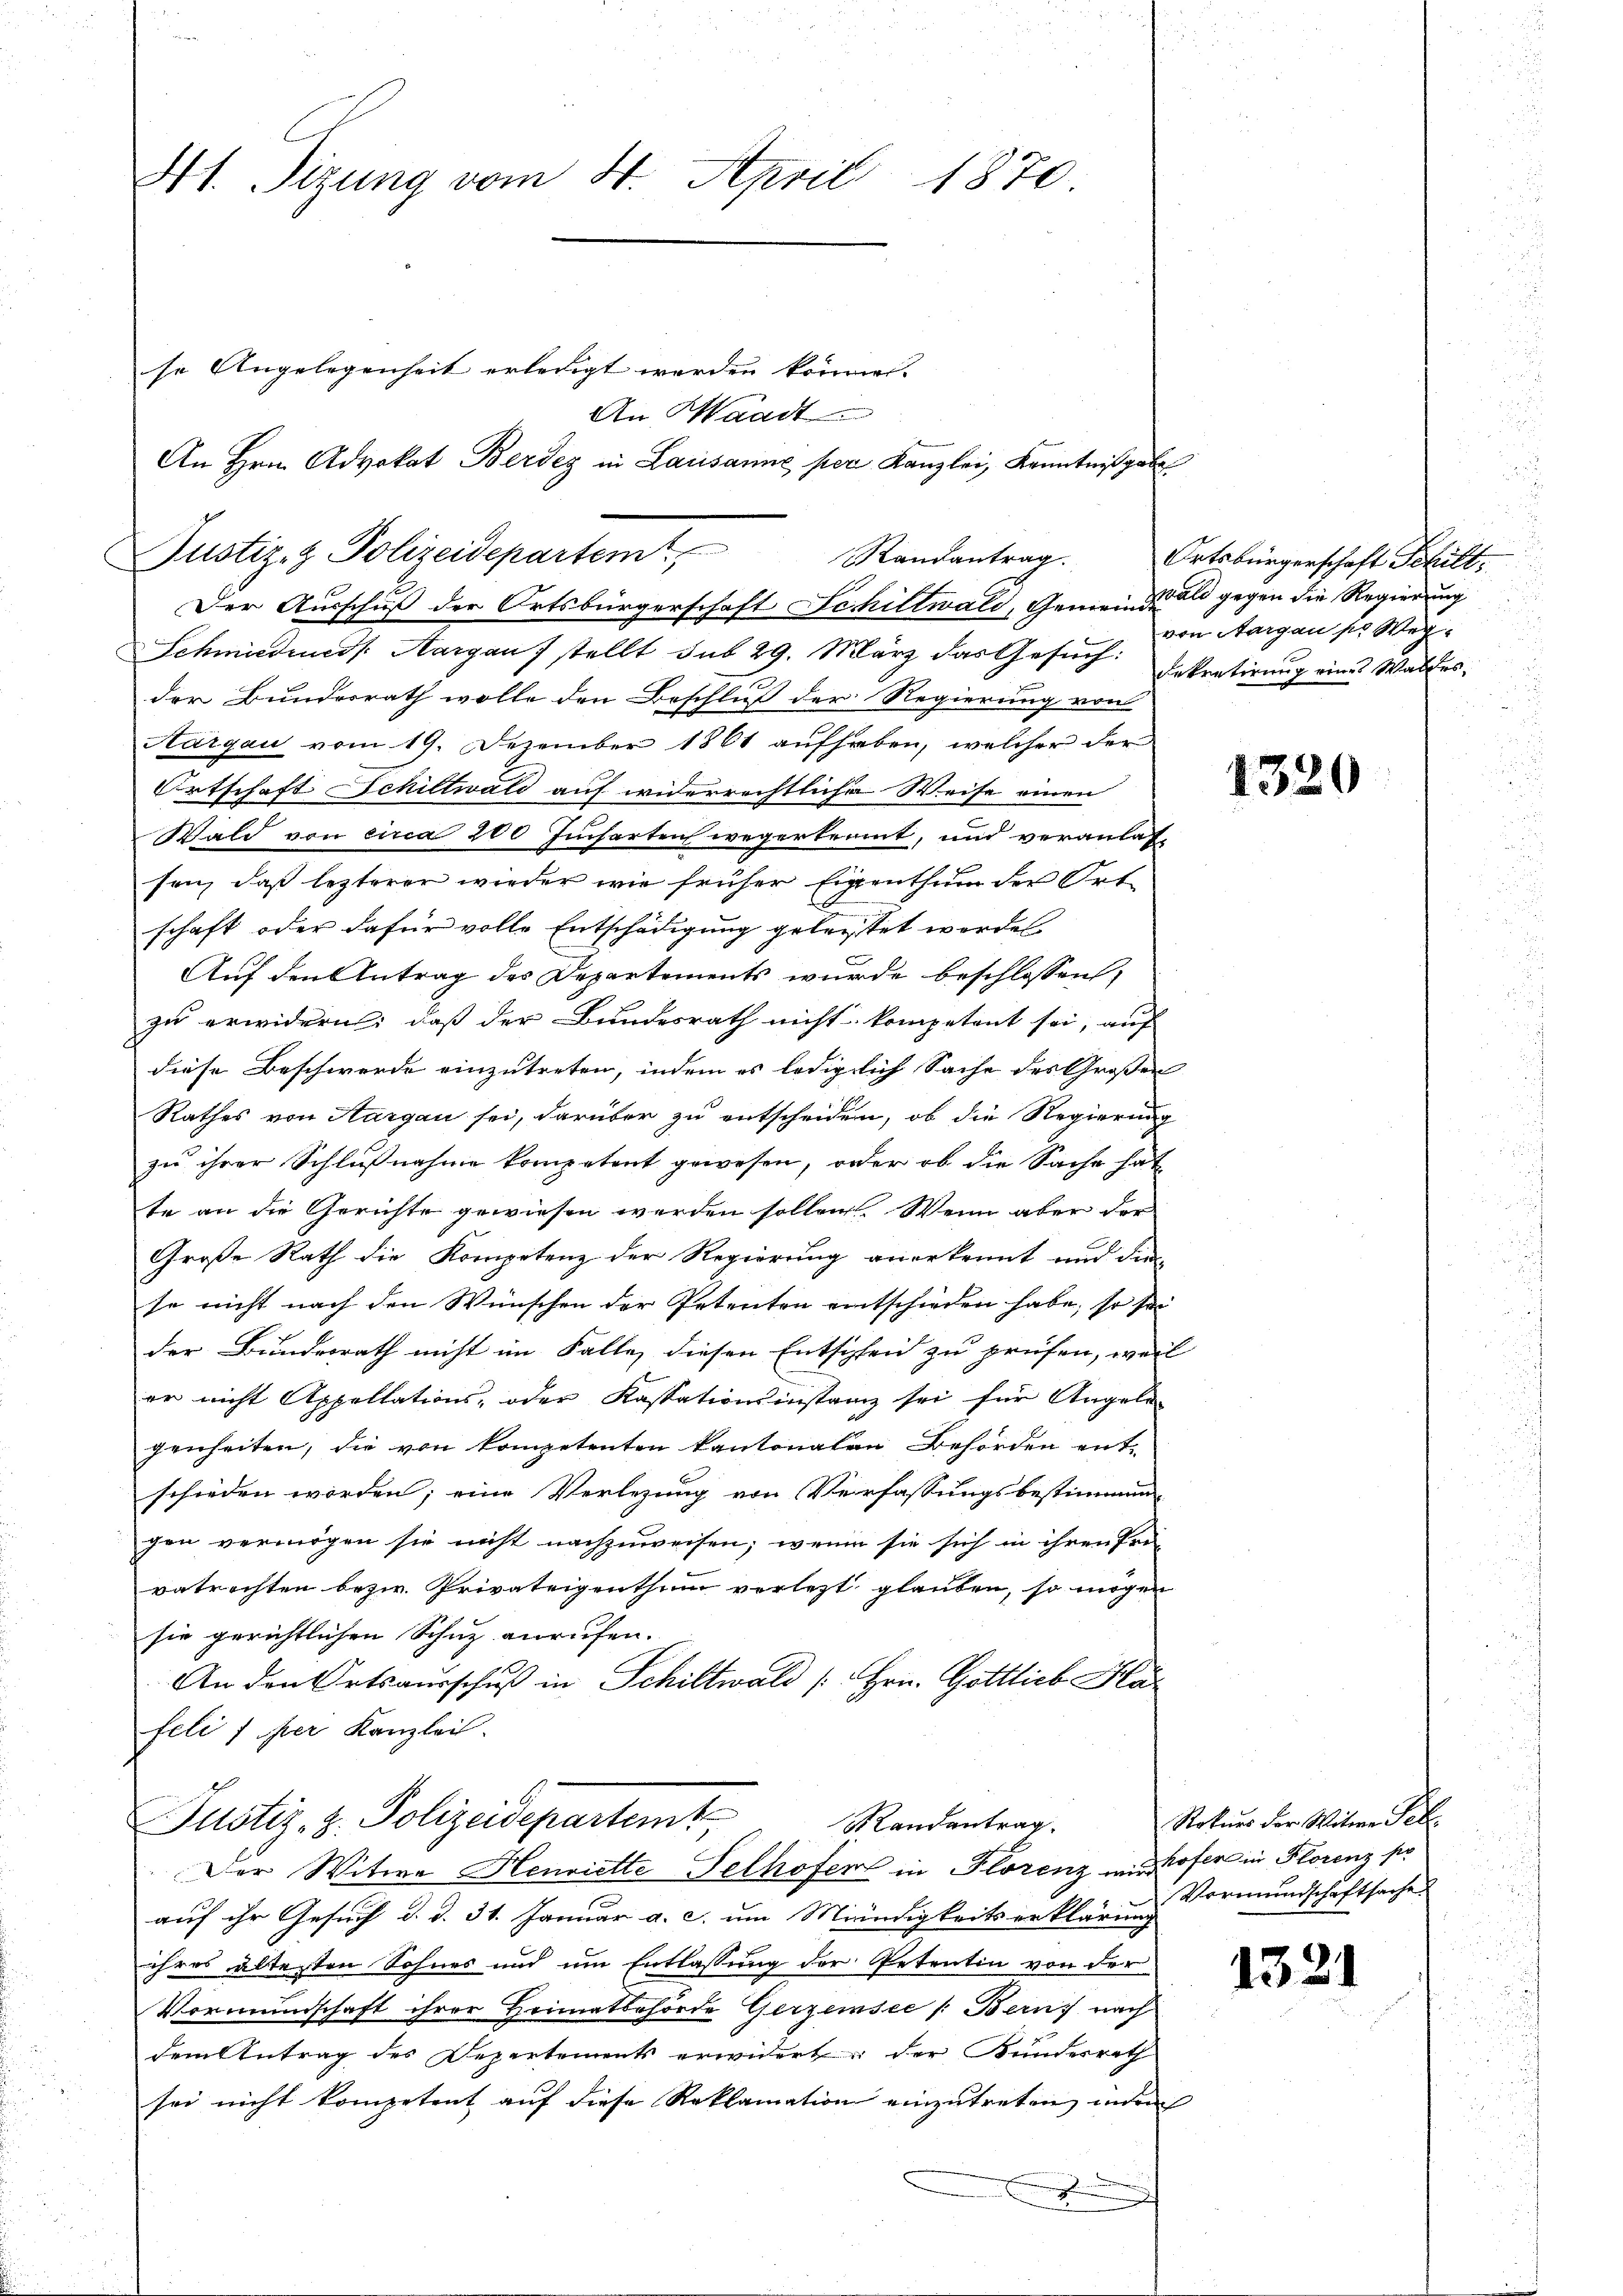
Ht. Sizung vom 4. April
1870.

Justiz- & Polizeidepartem
Der Ausschuß der Ortsbürgerschaft Schiltwald, Gemeinde gegen die Regierung
Schmiedens Aargau stellt sub 29. März das Gesŭch:
der Bundesrath wolle den Beschluß der Regierung von
Aargau vom 19. Dezember 1861 aufhaben, welcher der
Ortschaft Schiltwald auf widerrechtliche Weise einen
Wald von circa 200 Jucharten wegerkennt, und veranlaßsen, daß lezterer wieder wie früher Eigenthum der Ortschaft oder dafür volle Entschädigung geleistet werden
Auf den Antrag des Departements wurde beschlossen,
zu erwidern; daß der Bundesrath nicht kompetent sei, auf
diese Beschwerde einzutreten, indem es lediglich Sache des Großen
Rathes von Aargau sei, darüber zu entscheiden, ob die Regierung
zu ihrer Schlußnahme kompetent gewesen, oder ob die Sache hat
te an die Gerichte gewiesen werden sollen. Wenn aber der
Große Rath die Kompetenz der Regierung anerkennt und dies
se nicht nach den Wünschen der Petenten entschieden habe, so sei
der Bundesrath nicht im Falle, diesen Entscheid zu prüfen, weil
er nicht Appellations- oder Kassationsinstanz sei für Angele-
genheiten, die von kompetenten kantonalen Behörden entschieden worden; eine Verlegung von Verfassungsbestimmung
gen vermögen sie nicht nachzuweisen; wenn sie sich in ihren Frei
vetrachten bezw. Privateigenthum verletzt glauben, so mögen
sie gerichtlichen Schutz anrufen.
An den Ortsausschuß in Schiltwald [Hrn. Gottlieb Klar
feld 1 per Kanzlei.
Justiz, z. Polizeidepartemt
St Landantrag
Der Witwe Henriette Pelhofer in Florenz und Hofer in Florenz so
auf ihr Gesuch d. d. 31. Januar a. c. um Miändigkeitserklärung
ihres ältesten Sohnes und um Entlassung der Petentin von der
Vormundschaft ihrer Heimatbehörde Gerzensee /: Bern, nach
dem Antrag des Departements erwidert der Bundesrath
sei nicht kompetent auf diese Reklamation einzutreten, indem

se Angelegenheit erledigt werden können.

An Waadt
An Hrn. Advokat Berdez in Lausanne per Kanzlei, Kenntnißgabe

Randantrag. Ortsbürgerschaft Schilt,
von Aargau sr Weg¬
Sekretirung eines Waldes

1320

Rokurs der Witwe Pet
Vormundschaftsache

1321